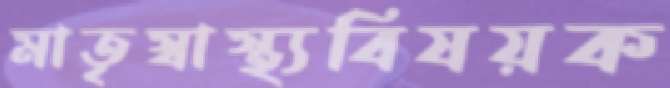
মাতৃস্বাস্থ্যবিষয়ক